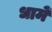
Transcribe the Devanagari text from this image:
धामें